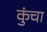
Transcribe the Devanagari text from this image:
कुंचा